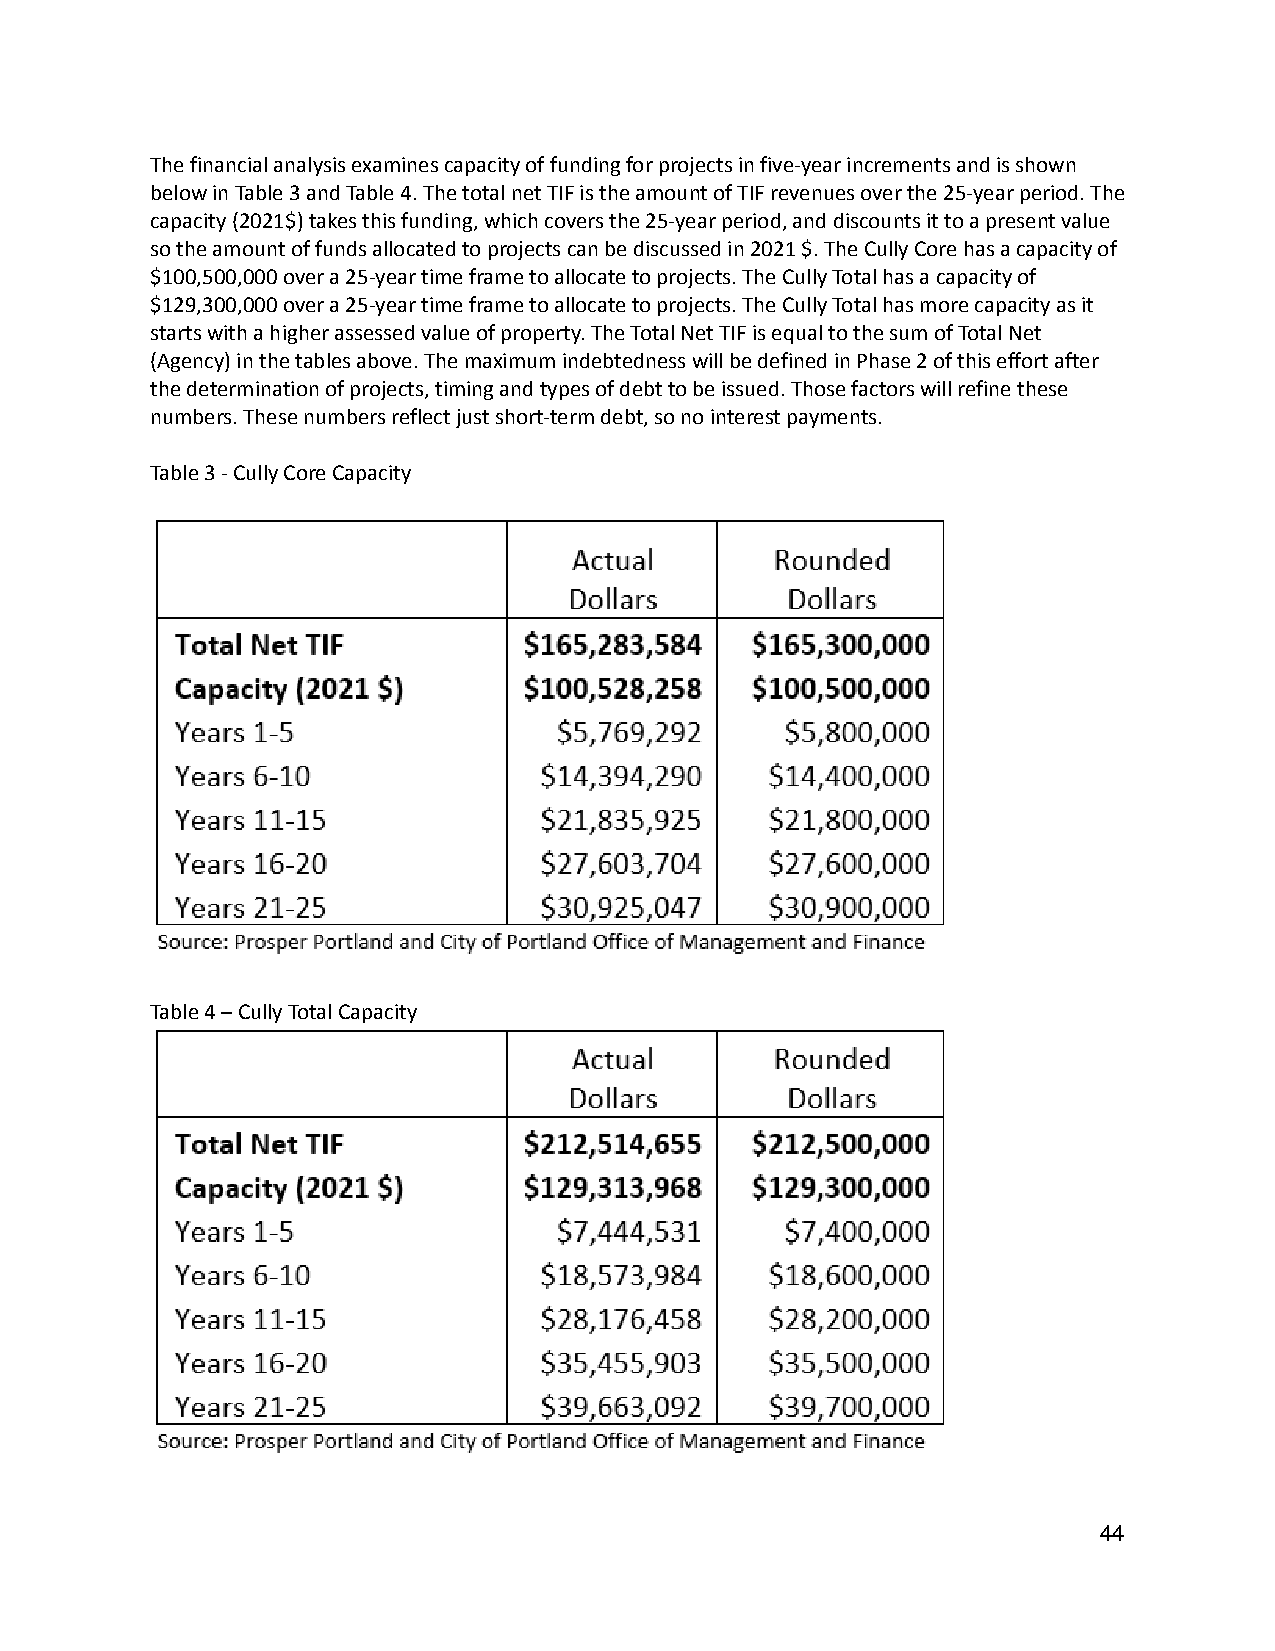
The financial analysis examines capacity of fundingfor projects in five-year increments and is shown
 below in Table 3 and Table 4. The total net TIF isthe amount of TIF revenues over the 25-year period.The
 capacity (2021$) takes this funding, which coversthe 25-year period, and discounts it to a presentvalue
 so the amount of funds allocated to projects can bediscussed in 2021 $. The Cully Core has a capacityof
 $100,500,000 over a 25-year time frame to allocateto projects. The Cully Total has a capacity of
 $129,300,000 over a 25-year time frame to allocateto projects. The Cully Total has more capacity asit
 starts with a higher assessed value of property. TheTotal Net TIF is equal to the sum of Total Net
 (Agency) in the tables above. The maximum indebtednesswill be defined in Phase 2 of this effort after
 the determination of projects, timing and types ofdebt to be issued. Those factors will refine these
 numbers. These numbers reflect just short-term debt,so no interest payments.
 Table 3 - Cully Core Capacity
 Table 4 – Cully Total Capacity
 44